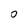
Character: 0